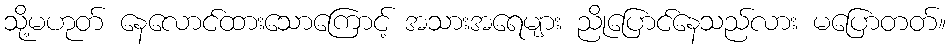
သို့မဟုတ် နေလောင်ထားသောကြောင့် အသားအရေများ ညိုပြောင်နေသည်လား မပြောတတ်။